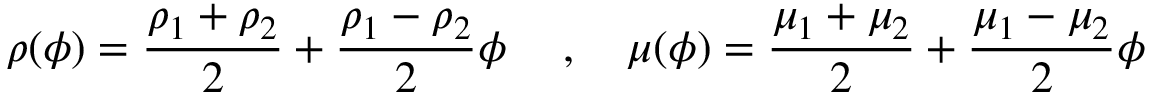
\rho ( \phi ) = \frac { { { \rho _ { 1 } } + { \rho _ { 2 } } } } { 2 } + \frac { { { \rho _ { 1 } } - { \rho _ { 2 } } } } { 2 } \phi \; \quad , \quad \mu ( \phi ) = \frac { { { \mu _ { 1 } } + { \mu _ { 2 } } } } { 2 } + \frac { { { \mu _ { 1 } } - { \mu _ { 2 } } } } { 2 } \phi